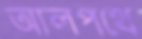
আলপথে